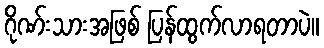
ဂိုဏ်းသားအဖြစ် ပြန်ထွက်လာရတာပဲ။